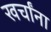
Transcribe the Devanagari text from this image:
खर्चांना